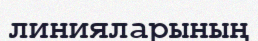
линияларының